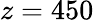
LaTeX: z=450